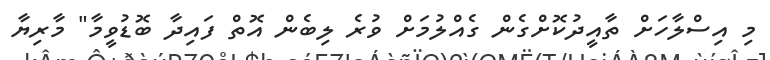
މި އިސްލާހަށް ތާއީދުކޮށްގެން ގެއްލުމަށް ވުރެ ލިބެން އޮތް ފައިދާ ބޮޑުވީމާ" މާރިޔާ